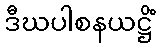
ဒီဃပါစနယဋ္ဌိံ